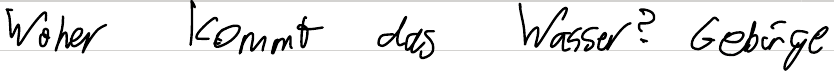
Woher kommt das Wasser? Gebirge